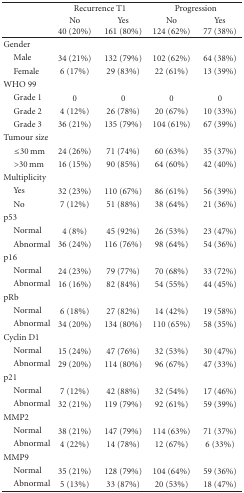
<table><thead><tr><td><b> </b></td><td colspan="2"><b>Recurrence T1</b></td><td colspan="2"><b>Progression</b></td></tr><tr><td><b> </b></td><td><b>No40 (20%)</b></td><td><b>Yes161 (80%) </b></td><td><b>No124 (62%)</b></td><td><b>Yes77 (38%) </b></td></tr></thead><tbody><tr><td>Gender</td><td> </td><td> </td><td> </td><td> </td></tr><tr><td> Male</td><td>34 (21%) </td><td>132 (79%)</td><td>102 (62%)</td><td>64 (38%)</td></tr><tr><td> Female</td><td>6 (17%)</td><td>29 (83%)</td><td>22 (61%)</td><td>13 (39%)</td></tr><tr><td>WHO 99</td><td> </td><td> </td><td> </td><td> </td></tr><tr><td> Grade 1</td><td>0</td><td>0</td><td>0</td><td>0</td></tr><tr><td> Grade 2</td><td>4 (12%) </td><td>26 (78%)</td><td>20 (67%)</td><td>10 (33%)</td></tr><tr><td> Grade 3</td><td>36 (21%) </td><td>135 (79%) </td><td>104 (61%)</td><td>67 (39%)</td></tr><tr><td>Tumour size</td><td> </td><td> </td><td> </td><td> </td></tr><tr><td> ≤30 mm</td><td>24 (26%) </td><td>71 (74%)</td><td>60 (63%)</td><td>35 (37%)</td></tr><tr><td> &gt;30 mm</td><td>16 (15%) </td><td>90 (85%)</td><td>64 (60%) </td><td>42 (40%)</td></tr><tr><td>Multiplicity</td><td> </td><td> </td><td> </td><td> </td></tr><tr><td> Yes </td><td>32 (23%)</td><td>110 (67%)</td><td>86 (61%) </td><td>56 (39%)</td></tr><tr><td> No</td><td>7 (12%)</td><td>51 (88%)</td><td>38 (64%)</td><td>21 (36%) </td></tr><tr><td>p53</td><td> </td><td> </td><td> </td><td> </td></tr><tr><td> Normal</td><td>4 (8%)</td><td>45 (92%)</td><td>26 (53%)</td><td>23 (47%)</td></tr><tr><td> Abnormal</td><td>36 (24%)</td><td>116 (76%)</td><td>98 (64%)</td><td>54 (36%)</td></tr><tr><td>p16</td><td> </td><td> </td><td> </td><td> </td></tr><tr><td> Normal</td><td>24 (23%)</td><td>79 (77%)</td><td>70 (68%)</td><td>33 (72%)</td></tr><tr><td> Abnormal</td><td>16 (16%)</td><td>82 (84%)</td><td>54 (55%)</td><td>44 (45%)</td></tr><tr><td>pRb</td><td> </td><td> </td><td> </td><td> </td></tr><tr><td> Normal</td><td>6 (18%)</td><td>27 (82%)</td><td>14 (42%)</td><td>19 (58%)</td></tr><tr><td> Abnormal</td><td>34 (20%)</td><td>134 (80%)</td><td>110 (65%)</td><td>58 (35%)</td></tr><tr><td>Cyclin D1</td><td> </td><td> </td><td> </td><td> </td></tr><tr><td> Normal</td><td>15 (24%)</td><td>47 (76%)</td><td>32 (53%)</td><td>30 (47%)</td></tr><tr><td> Abnormal</td><td>29 (20%)</td><td>114 (80%)</td><td>96 (67%)</td><td>47 (33%)</td></tr><tr><td>p21</td><td> </td><td> </td><td> </td><td> </td></tr><tr><td> Normal</td><td>7 (12%)</td><td>42 (88%)</td><td>32 (54%)</td><td>17 (46%)</td></tr><tr><td> Abnormal</td><td>32 (21%)</td><td>119 (79%)</td><td>92 (61%)</td><td>59 (39%)</td></tr><tr><td>MMP2</td><td> </td><td> </td><td> </td><td> </td></tr><tr><td> Normal</td><td>38 (21%)</td><td>147 (79%)</td><td>114 (63%)</td><td>71 (37%)</td></tr><tr><td> Abnormal</td><td>4 (22%)</td><td>14 (78%)</td><td>12 (67%)</td><td>6 (33%)</td></tr><tr><td>MMP9</td><td> </td><td> </td><td> </td><td> </td></tr><tr><td> Normal</td><td>35 (21%)</td><td>128 (79%)</td><td>104 (64%)</td><td>59 (36%)</td></tr><tr><td> Abnormal</td><td>5 (13%)</td><td>33 (87%)</td><td>20 (53%)</td><td>18 (47%)</td></tr></tbody></table>